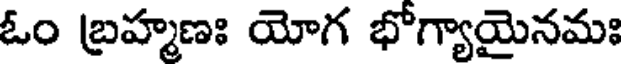
ఓం బ్రహ్మణః యోగ భోగ్యాయైనమః